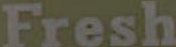
Fresh